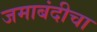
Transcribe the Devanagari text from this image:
जमाबंदीचा